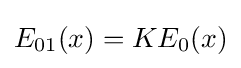
E_{01}(x)=KE_{0}(x)